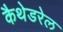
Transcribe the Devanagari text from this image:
कैथेडरेल